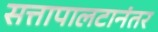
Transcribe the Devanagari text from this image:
सत्तापालटानंतर